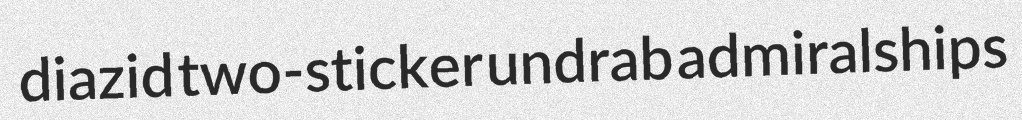
diazid two-sticker undrab admiralships